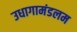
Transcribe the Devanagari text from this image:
उधागामंडलम